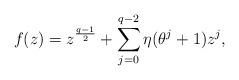
\begin{align*}f(z)=z^{\frac{q-1}{2}}+\sum_{j=0}^{q-2}\eta(\theta^j+1)z^j,\end{align*}